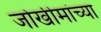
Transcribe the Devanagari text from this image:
जोखीमांच्या